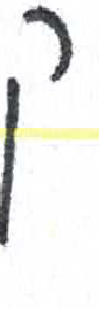
אות: ק